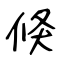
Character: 倏